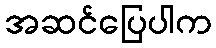
အဆင်ပြေပါက